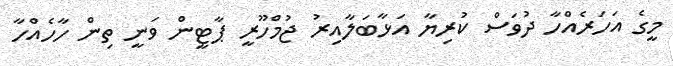
މީގެ އަހަރެއްހާ ދުވަސް ކުރިޔާ އަޅާބަލާއިރު ޖުމްހޫރީ ޕާޓީން ވަނީ ތިން ހާހެއްހާ